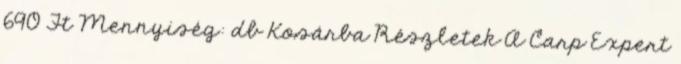
690 Ft Mennyiség: db Kosárba Részletek A Carp Expert